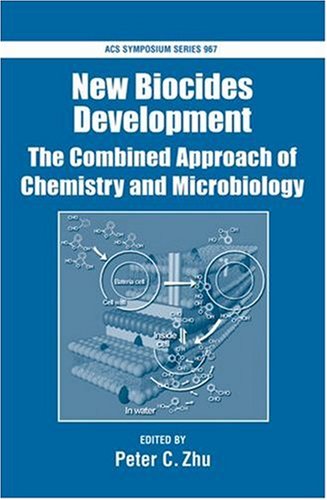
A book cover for New Biocides Development: The Combined Approach of Chemistry and Microbiology (ACS Symposium Series); Medical Books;